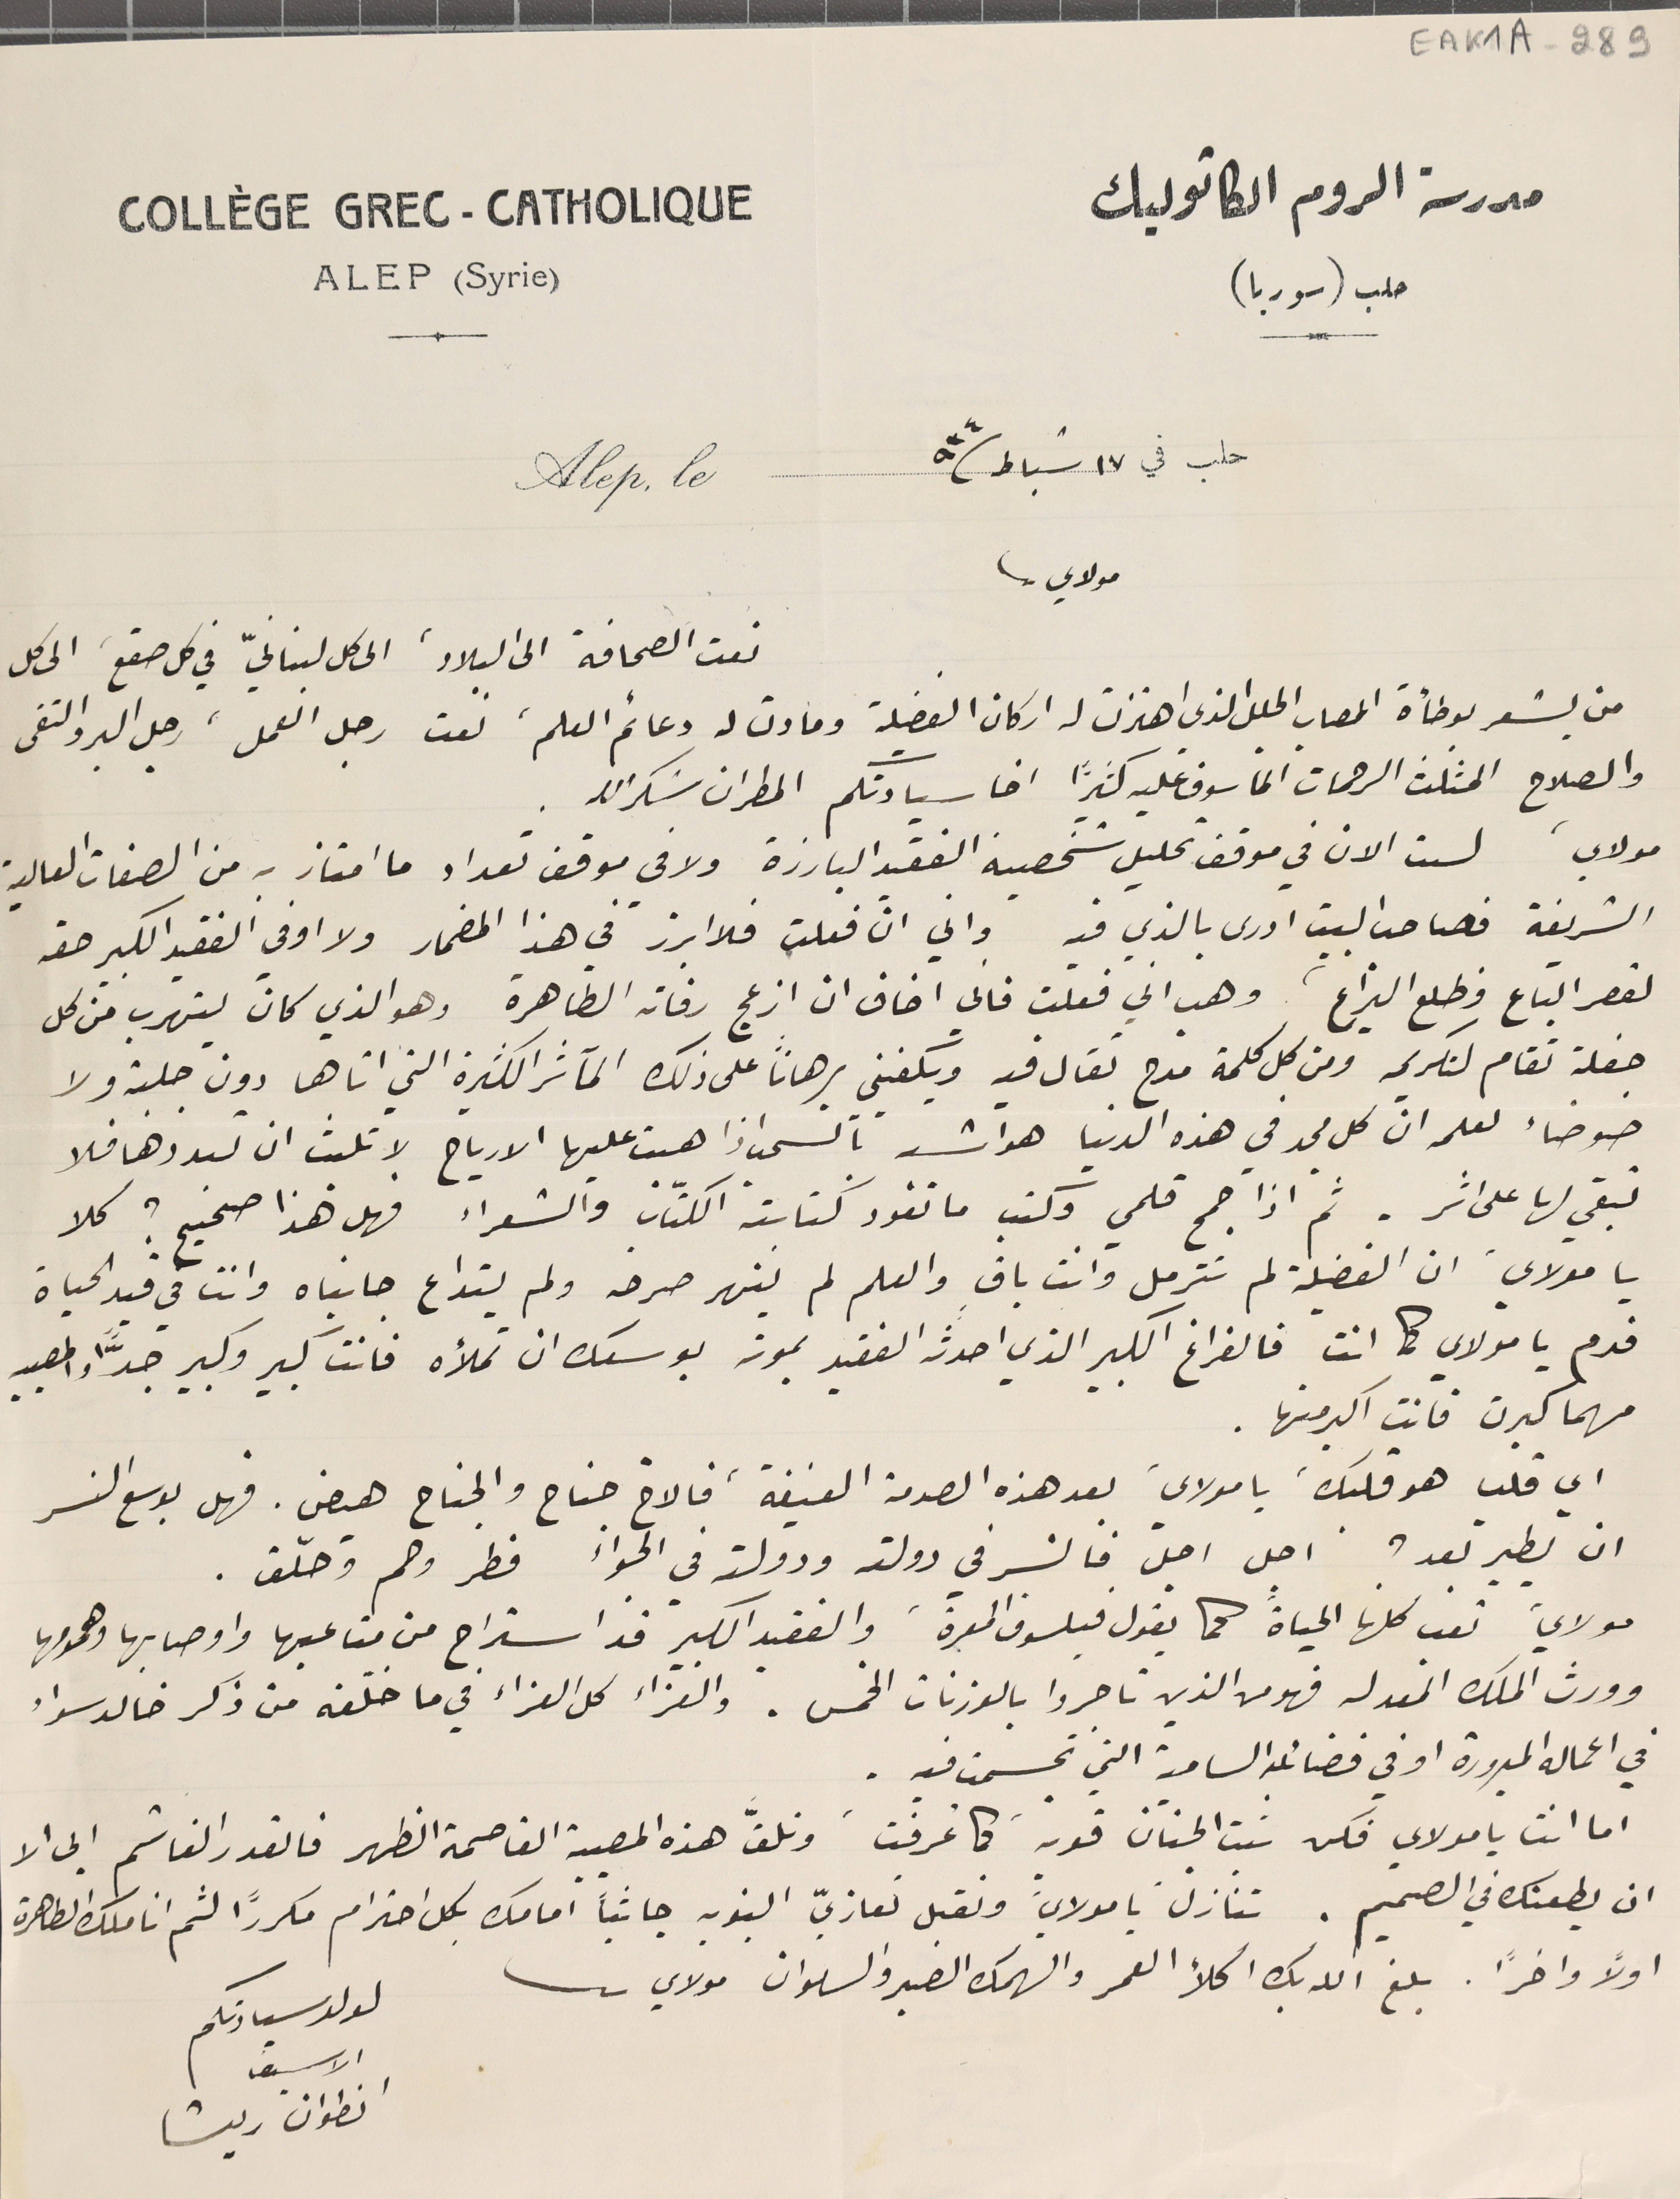
EAK1K1A-289
 مدرسة الروم الكاتوليك
حلب (سوريا)
 حلب في ١٧ شباط /٩٣٤
مولاي
نعت الصحافة الى البلاد، الى كل لبنانيّ في كل صقع، الى كل
من يشعر بوطأة المصاب الجلل الذي اهتزت له اركان الفضيلة ومادت له دعائم العلم، نعت رجل العمل، رجل البر والتقى
والصلاح المثَلث الرحمات المأسوف عليه كثيراً اخا سيادتكم المطران شكرالله.
مولاي، لست الان في موقف تحليل شخصية الفقيد البارزة ولا في موقف تعداد ما امتاز به من الصفات العالية
الشريفة فصاحب البيت ادرى بالذي فيه واني انّ فعلت فلا ابرز في هذا المضمار ولا اوفي الفقيد الكبير حقه
لقصر الباع وطلع اليراع وهب اني فعلت فانى اخاف ان ازعج رفاته الطاهرة وهو الذي كان يتهرب من كل
حفلة تقام لتكريمه ومن كل كلمة مدح تقال فيه ويكفيني برهاناً على ذلك المآثر الكثيرة التي اتاها دون جلبة ولا
ضوضاء لعلمه انّ كل مجد في هذه الدنيا هو اشد بالسحب اذا هبت عليها الارياح لا تلبث ان تبددها فلا
تبقي لها على اثر. ثم اذا جمح قلمي وكتب ما تقود كتابته الكتّاب والشعراء فهل هذا صحيح؟ كلا
يا مولاي. ان الفضيلة لم تترمل وانت باق والعلم لم ينهر صرحه ولم يتداع جانباه وانت في قيد الحياة
 فدم يا مولاي كما انت فالفراغ الكبير الذي احدثه الفقيد بموته بوسعك ان تملأه فانت كبير وكبير جدًّا والمصيبه
 مهما كبرت فانت اكبر منها .
اي قلب هو قلبكَ يا مولايَ بعد هذه الصدمة العنيفة، فالاخ جناح والجناح هيض فهل بوسع النسر
 ان يطير بعد؟ اجل اجل فالنسر في دولته ودولة في الجواء فطر وحم وحلّق.
 مولاي تعب كلها الحياة كما يقول فيلسوف المعرة، والفقيد الكبير قد استراح من متاعبها واوصابها وهمومها
وورث الملك المعد له فهو من الذين تاجروا بالوزنات الخمس. والعزاء كل العزاء في ما خلّفه من ذكر خالد سواء
 في اعماله المبرورة او في فضائله السامية التي تجسمت فيه.
اما انت يامولاي فكن نبت الجنان قويد كما عُرفت وتلقَّ هذه المصيبة القاصمة الظهر فالقدر الغاشم ابى الا
ان يطعنك في الصميم. تنازل يا مولاي، ونقبل تعازيّ التنويه جاثياً امامك بكل احترام مكررًا لثم اناملك الطاهرة
أولًا واخرًا. بلغ الله بك اكلأ العمر والهمك الصبر والسلوان مولاي
انطوان ريشا
لولد سيادتكم
الاسيف
COLLÈGE GREC - CATHOLIQUE
ALEP (Syrie)
Alep, le